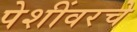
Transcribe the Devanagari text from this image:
पेशींवरचे